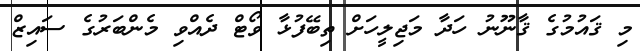
މި ޤައުމުގެ ޤާނޫނު ހަދާ މަޖިލީހަށް ތިބޭފުޅާ ވޯޓް ދެއްވި މެންބަރުގެ ސައިޒް